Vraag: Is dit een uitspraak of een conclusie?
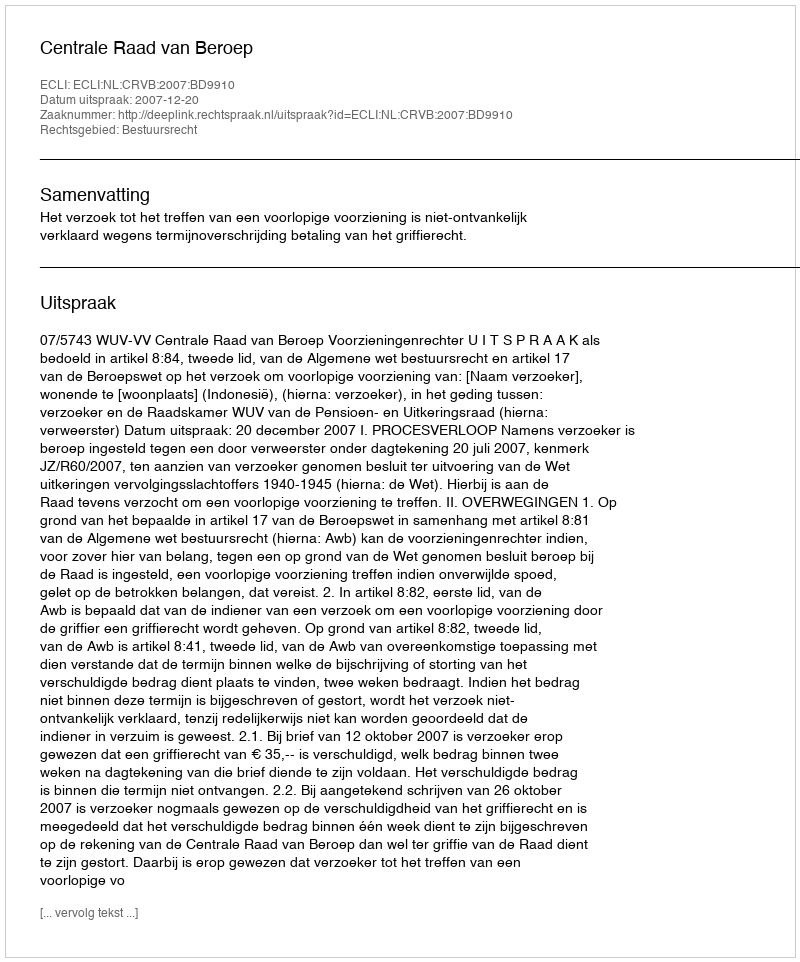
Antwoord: Uitspraak